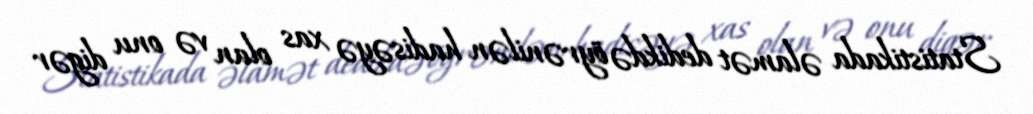
Statistikada əlamət dedikdə öyrənilən hadisəyə xas olan və onu digər